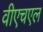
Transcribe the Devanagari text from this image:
वीएचएल